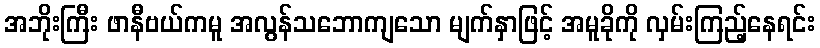
အဘိုးကြီး ဖာနီဗယ်ကမူ အလွန်သဘောကျသော မျက်နှာဖြင့် အမူခိုကို လှမ်းကြည့်နေရင်း